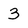
Character: 3